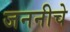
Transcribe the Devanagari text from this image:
जननीचे